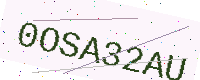
Text: 0OSA32AU